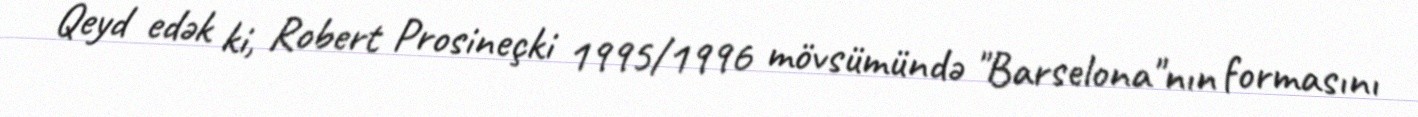
Qeyd edək ki, Robert Prosineçki 1995/1996 mövsümündə "Barselona"nın formasını